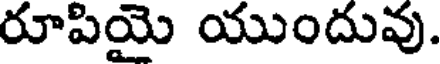
రూపియై యుందువు.